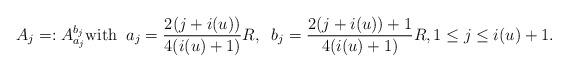
LaTeX: \begin{align*} A_j=:A_{a_j}^{b_j}\mbox{with} \;\;a_j = \frac{2(j+i(u))}{4(i(u)+1)}R,\;\;b_j = \dfrac{2(j+i(u))+1}{4(i(u)+1)}R, 1\leq j \leq i(u)+1.\end{align*}